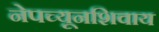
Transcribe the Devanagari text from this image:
नेपच्यूनशिवाय